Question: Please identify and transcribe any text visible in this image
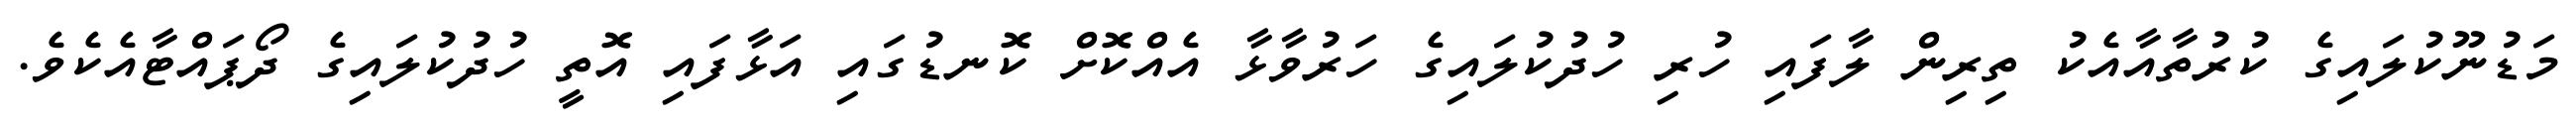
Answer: މަޑުނޫކުލައިގެ ކުރުތާއާއެކު ތިރިން ލާފައި ހުރި ހުދުކުލައިގެ ހަރުވާޅާ އެއްކޮށް ކޮނޑުގައި އަޅާފައި އޮތީ ހުދުކުލައިގެ ދޯޕައްޓާއެކެވެ.